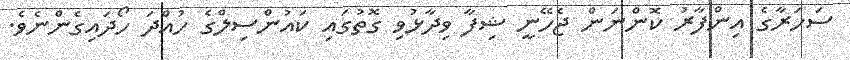
ސަހަރާގެ އިންފާރު ކޮންނަން ޖެހޭނީ ޝިފާ ވިދާޅުވި ގޮތުގައި ކައުންސިލްގެ ހުއްދަ ހޯދައިގެންނެވެ.